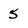
Character: 5